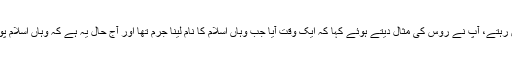
آپ نے کہا کہ ہم پریشان اور مایوس ہرگز نہ ہوں، حالات ہمیشہ ایک جیسے نہیں رہتے، آپ نے روس کی مثال دیتے ہوئے کہا کہ ایک وقت آیا جب وہاں اسلام کا نام لینا جرم تھا اور آج حال یہ ہے کہ وہاں اسلام پوری شان و شوکت کے ساتھ قائم ہے جبکہ روس کے ٹکڑے ٹکڑے ہو چکے ہیں۔